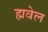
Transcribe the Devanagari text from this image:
ह्मवेल